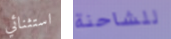
استثنائي للشاحنة